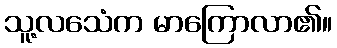
သူ့လသေံက မာကြောလာ၏။